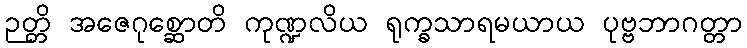
ဉတ္တိ အဇေဂုစ္ဆောတိ ကုဏ္ဍလိယ ရုက္ခသာရမယာယ ပုဗ္ဗဘာဂတ္တာ